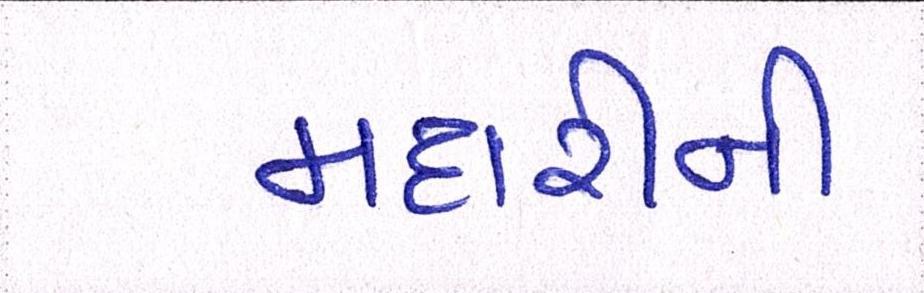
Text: મદારીની